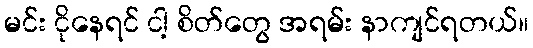
မင်း ငိုနေရင် ငါ့ စိတ်တွေ အရမ်း နာကျင်ရတယ်။